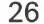
26